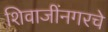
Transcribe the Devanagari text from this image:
शिवाजींनगरचे